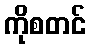
ကိုစတင်